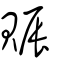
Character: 賑